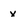
Character: x